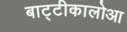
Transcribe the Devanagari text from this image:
बाट्टीकालोआ